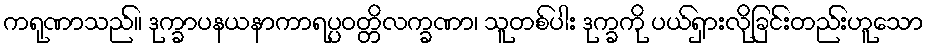
ကရုဏာသည်။ ဒုက္ခာပနယနာကာရပ္ပဝတ္တိလက္ခဏာ၊ သူတစ်ပါး ဒုက္ခကို ပယ်ရှားလိုခြင်းတည်းဟူသော